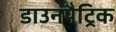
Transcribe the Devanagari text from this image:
डाउनपैट्रिक